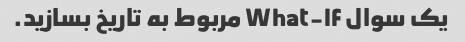
یک سوال What-If مربوط به تاریخ بسازید.